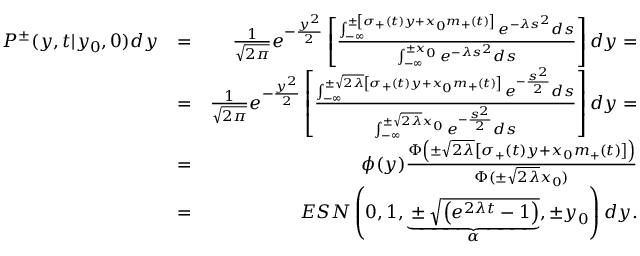
\begin{array} { r l r } { P ^ { \pm } ( y , t | y _ { 0 } , 0 ) d y } & { = } & { { \frac { 1 } { \sqrt { 2 \pi } } } e ^ { - { \frac { y ^ { 2 } } { 2 } } } \left[ { \frac { \int _ { - \infty } ^ { \pm \left[ \sigma _ { + } ( t ) y + x _ { 0 } m _ { + } ( t ) \right] } e ^ { - \lambda s ^ { 2 } } d s } { \int _ { - \infty } ^ { \pm x _ { 0 } } e ^ { - \lambda s ^ { 2 } } d s } } \right] d y = } \\ & { = } & { { \frac { 1 } { \sqrt { 2 \pi } } } e ^ { - { \frac { y ^ { 2 } } { 2 } } } \left[ { \frac { \int _ { - \infty } ^ { \pm \sqrt { 2 \lambda } \left[ \sigma _ { + } ( t ) y + x _ { 0 } m _ { + } ( t ) \right] } e ^ { - { \frac { s ^ { 2 } } { 2 } } } d s } { \int _ { - \infty } ^ { \pm \sqrt { 2 \lambda } x _ { 0 } } e ^ { - { \frac { s ^ { 2 } } { 2 } } } d s } } \right] d y = } \\ & { = } & { \phi ( y ) { \frac { \Phi \left( \pm \sqrt { 2 \lambda } \left[ \sigma _ { + } ( t ) y + x _ { 0 } m _ { + } ( t ) \right] \right) } { \Phi ( \pm \sqrt { 2 \lambda } x _ { 0 } ) } } } \\ & { = } & { E S N \left( 0 , 1 , \underbrace { \pm \sqrt { \left( e ^ { 2 \lambda t } - 1 \right) } } _ { \alpha } , \pm y _ { 0 } \right) d y . } \end{array}